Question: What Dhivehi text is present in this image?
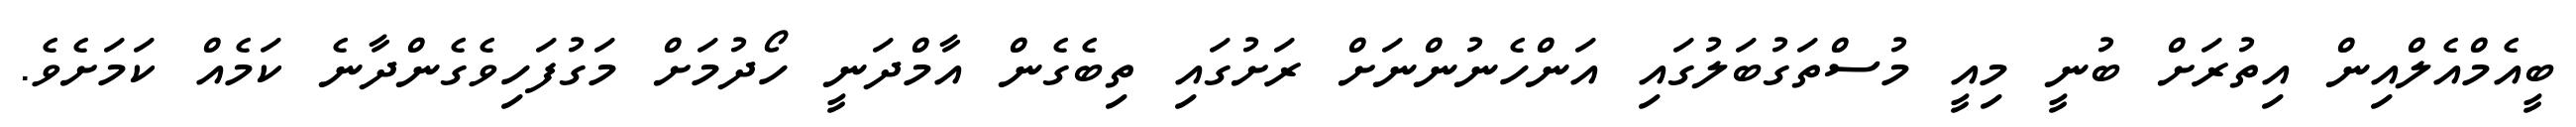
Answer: ބީއެމްއެލްއިން އިތުރަށް ބުނީ މިއީ މުސްތަގުބަލުގައި އަންހެނުންނަށް ރަށުގައި ތިބެގެން އާމްދަނީ ހޯދުމަށް މަގުފަހިވެގެންދާނެ ކަމެއް ކަމަށެވެ.